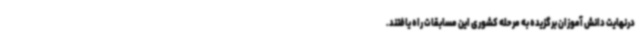
درنهایت دانش آموزان برگزیده به مرحله کشوری این مسابقات راه یافتند.